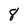
Character: 8